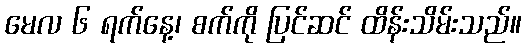
မေလ ၆ ရက်နေ့၊ စက်ကို ပြင်ဆင် ထိန်းသိမ်းသည်။